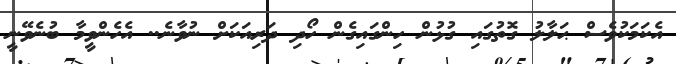
އެކަމަކުވެސް ޙަލާލު ގޮތުގައި ގުޅުން ހިންގައިގެން ހޯދި ދަރިއަކަށް ނުވާނެ.. އެހެންވީމާ ބުނެވޭނީ